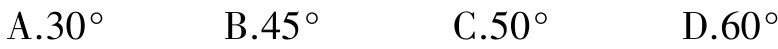
A.$30^{\circ}$  B.$45^{\circ}$  C.$50^{\circ}$  D.$60^{\circ}$